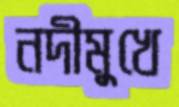
নদীমুখে